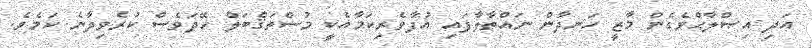
އަދި އިޞްލާޙްވެގެން މާޒީ ހަނދާން ނައްތާލާފައި އުފާވެރިކަމާއެކީ މުސްތަޤްބަލް ހޭދަވެސް ކުރެވިދާނެ ކަމެވެ.